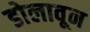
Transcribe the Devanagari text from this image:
डोलावून